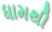
ધામથી